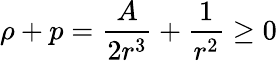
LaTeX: \rho+p=\frac{A}{2r^{3}}+\frac{1}{r^{2}}\ge 0